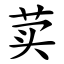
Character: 荬